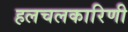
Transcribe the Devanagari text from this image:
हलचलकारिणी